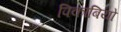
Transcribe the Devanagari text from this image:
पिकाबियो